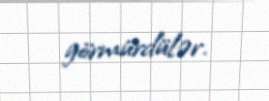
görmürdülər.